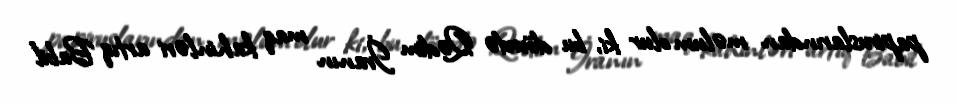
papiruslarından məlum olur ki, bu dövrdə Qədim İranın maq kahinləri artıq Babil